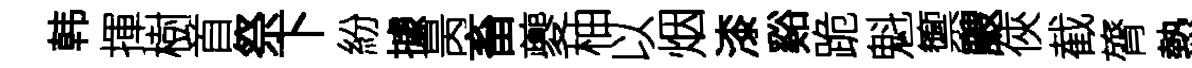
韩揮樹首祭下紛據昺畜夔柚以烟漆谿跪魁籞颼俠截膂熱